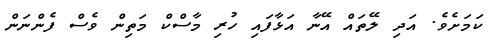
ކަމަށެވެ. އަދި ލޭތައް އޭނާ އަޅާފައި ހުރި މާސްކް މަތިން ވެސް ފެންނަން